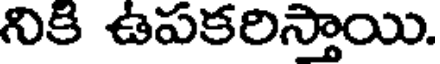
నికి ఉపకరిస్తాయి.